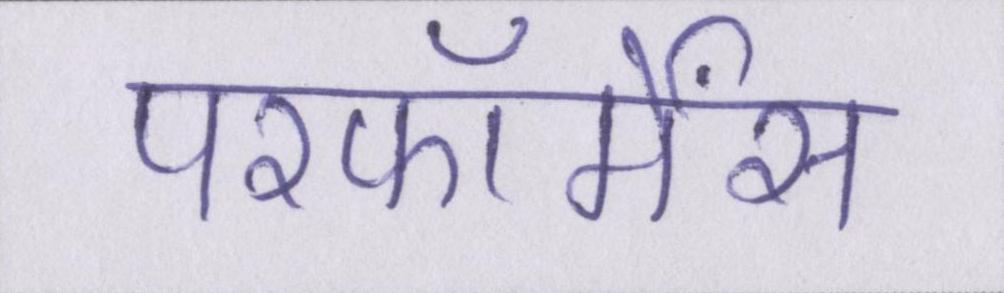
परफॉर्मेंस